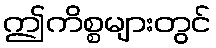
ဤကိစ္စများတွင်